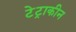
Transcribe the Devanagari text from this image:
टेट्राकीन